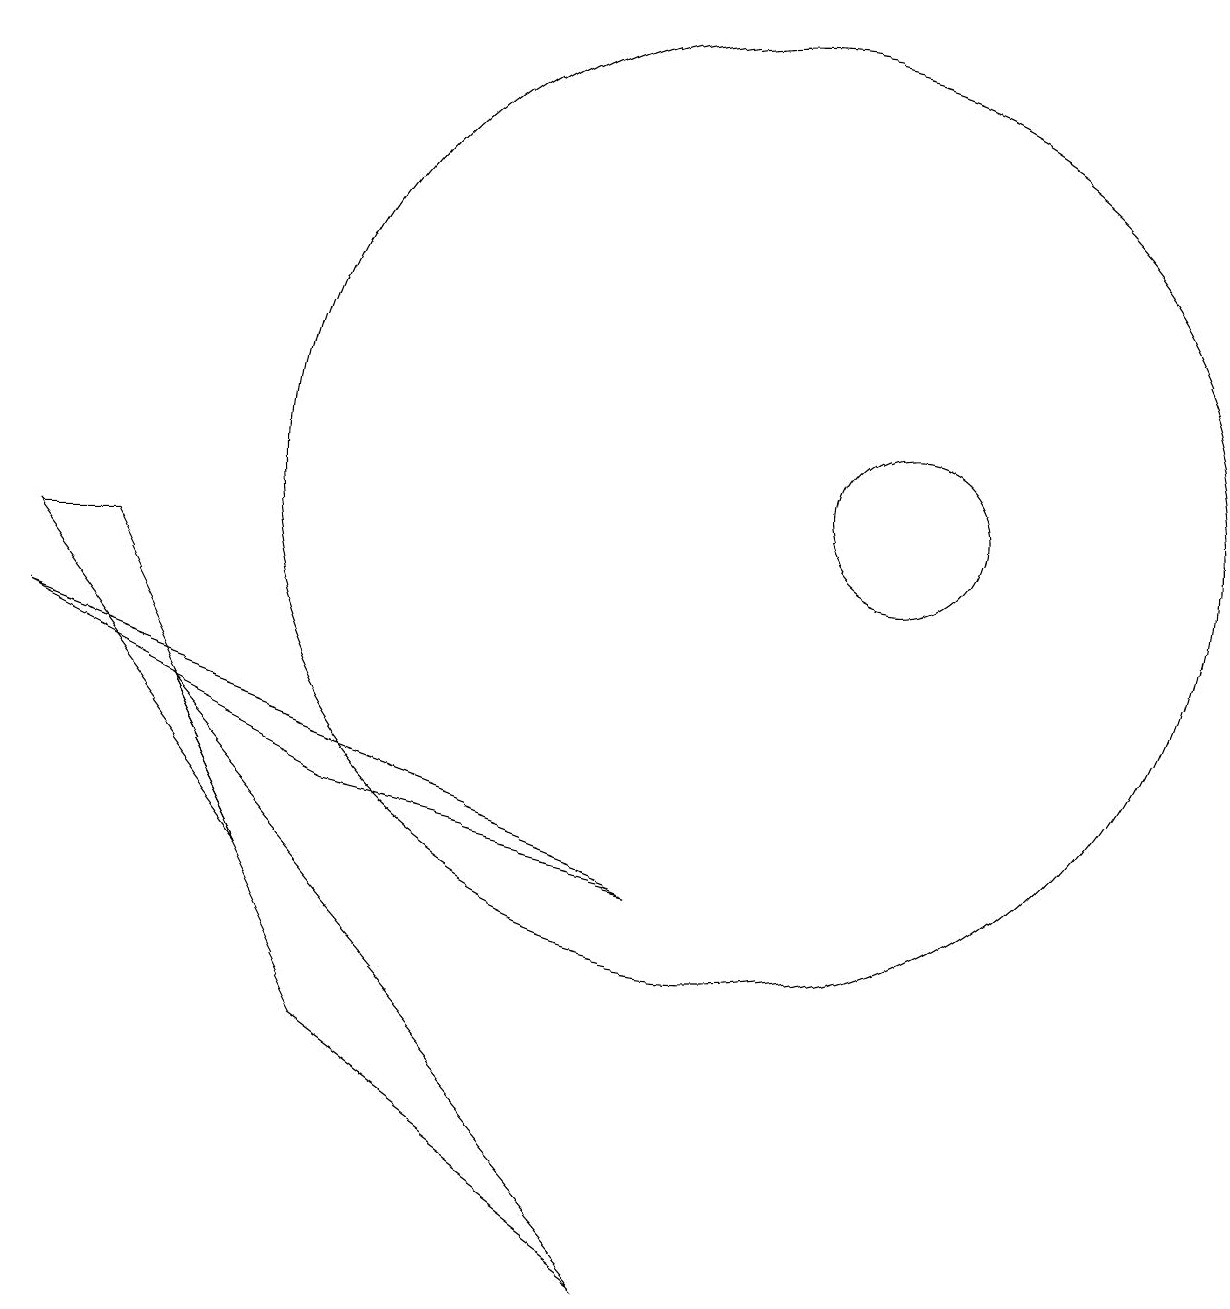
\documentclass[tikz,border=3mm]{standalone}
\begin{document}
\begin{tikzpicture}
\draw (4,5) -- (2,9) -- (1,9) -- cycle;
\draw (10,10) circle (6);
\draw (5,6) -- (1,8) -- (9,5) -- cycle;
\draw (12,10) circle (1);
\draw (3,7) -- (5,3) -- (9,0) -- cycle;
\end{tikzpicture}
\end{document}